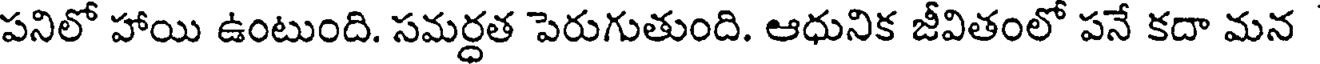
పనిలో హాయి ఉంటుంది. సమర్ధత పెరుగుతుంది. ఆధునిక జీవితంలో పనే కదా మన